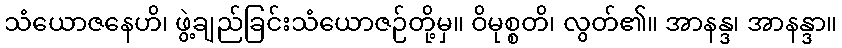
သံယောဇနေဟိ၊ ဖွဲ့ချည်ခြင်းသံယောဇဉ်တို့မှ။ ဝိမုစ္စတိ၊ လွတ်၏။ အာနန္ဒ၊ အာနန္ဒာ။